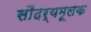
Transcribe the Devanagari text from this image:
सौंदर्यमूलक